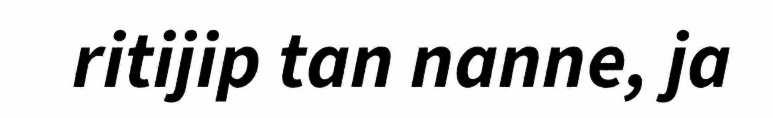
ritijip tan nanne, ja